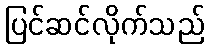
ပြင်ဆင်လိုက်သည်